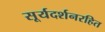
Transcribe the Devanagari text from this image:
सूर्यदर्शनरहित